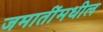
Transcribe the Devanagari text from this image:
जमातींमधील